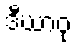
ဒီဃာဝု